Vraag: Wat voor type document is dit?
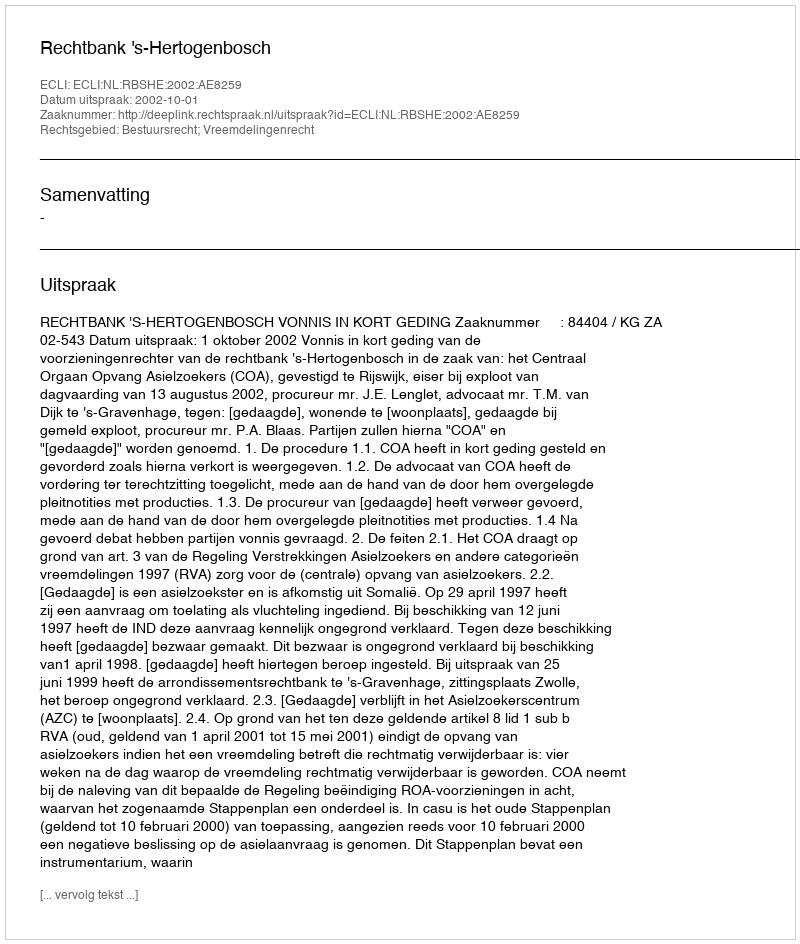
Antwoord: Uitspraak